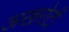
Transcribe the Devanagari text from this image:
अखरोटी